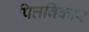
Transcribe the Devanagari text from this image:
पित्तविकार